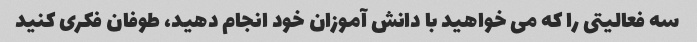
سه فعالیتی را که می خواهید با دانش آموزان خود انجام دهید، طوفان فکری کنید